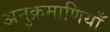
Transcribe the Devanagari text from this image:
अनुक्रमाणियाँ